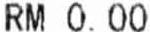
RM 0.00